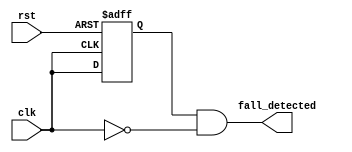
module FALLING_EDGE_DETECTOR
(
    input  clk              ,
	input  rst              ,

    output fall_detected
);

    reg clk_q;
    always @(posedge clk or posedge rst)
    begin
        if (rst)
            clk_q <= 1'b1;
        else
            clk_q <= clk;
    end

    assign fall_detected = clk_q & ~clk;  // falling edge (1 -> 0)

endmodule